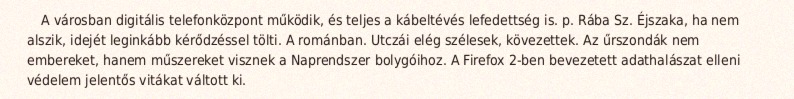
A városban digitális telefonközpont működik, és teljes a kábeltévés lefedettség is. p. Rába Sz. Éjszaka, ha nem alszik, idejét leginkább kérődzéssel tölti. A románban. Utczái elég szélesek, kövezettek. Az űrszondák nem embereket, hanem műszereket visznek a Naprendszer bolygóihoz. A Firefox 2-ben bevezetett adathalászat elleni védelem jelentős vitákat váltott ki.